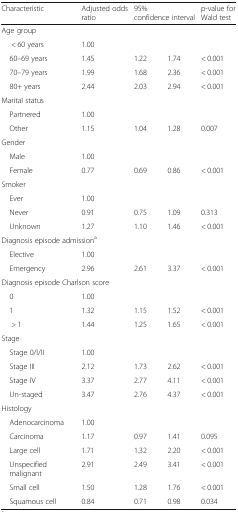
<table><thead><tr><td><b>Characteristic</b></td><td><b>Adjusted odds ratio</b></td><td colspan="2"><b>95% confidence interval</b></td><td><b>p-value for Wald test</b></td></tr></thead><tbody><tr><td colspan="5">Age group</td></tr><tr><td>&lt; 60 years</td><td>1.00</td><td></td><td></td><td></td></tr><tr><td> 60–69 years</td><td>1.45</td><td>1.22</td><td>1.74</td><td>&lt; 0.001</td></tr><tr><td> 70–79 years</td><td>1.99</td><td>1.68</td><td>2.36</td><td>&lt; 0.001</td></tr><tr><td> 80+ years</td><td>2.44</td><td>2.03</td><td>2.94</td><td>&lt; 0.001</td></tr><tr><td colspan="5">Marital status</td></tr><tr><td> Partnered</td><td>1.00</td><td></td><td></td><td></td></tr><tr><td> Other</td><td>1.15</td><td>1.04</td><td>1.28</td><td>0.007</td></tr><tr><td colspan="5">Gender</td></tr><tr><td> Male</td><td>1.00</td><td></td><td></td><td></td></tr><tr><td> Female</td><td>0.77</td><td>0.69</td><td>0.86</td><td>&lt; 0.001</td></tr><tr><td colspan="5">Smoker</td></tr><tr><td> Ever</td><td>1.00</td><td></td><td></td><td></td></tr><tr><td> Never</td><td>0.91</td><td>0.75</td><td>1.09</td><td>0.313</td></tr><tr><td> Unknown</td><td>1.27</td><td>1.10</td><td>1.46</td><td>&lt; 0.001</td></tr><tr><td colspan="5">Diagnosis episode admission<sup>a</sup></td></tr><tr><td> Elective</td><td>1.00</td><td></td><td></td><td></td></tr><tr><td> Emergency</td><td>2.96</td><td>2.61</td><td>3.37</td><td>&lt; 0.001</td></tr><tr><td colspan="5">Diagnosis episode Charlson score</td></tr><tr><td> 0</td><td>1.00</td><td></td><td></td><td></td></tr><tr><td> 1</td><td>1.32</td><td>1.15</td><td>1.52</td><td>&lt; 0.001</td></tr><tr><td>&gt; 1</td><td>1.44</td><td>1.25</td><td>1.65</td><td>&lt; 0.001</td></tr><tr><td colspan="5">Stage</td></tr><tr><td> Stage 0/I/II</td><td>1.00</td><td></td><td></td><td></td></tr><tr><td> Stage III</td><td>2.12</td><td>1.73</td><td>2.62</td><td>&lt; 0.001</td></tr><tr><td> Stage IV</td><td>3.37</td><td>2.77</td><td>4.11</td><td>&lt; 0.001</td></tr><tr><td> Un-staged</td><td>3.47</td><td>2.76</td><td>4.37</td><td>&lt; 0.001</td></tr><tr><td colspan="5">Histology</td></tr><tr><td> Adenocarcinoma</td><td>1.00</td><td></td><td></td><td></td></tr><tr><td> Carcinoma</td><td>1.17</td><td>0.97</td><td>1.41</td><td>0.095</td></tr><tr><td> Large cell</td><td>1.71</td><td>1.32</td><td>2.20</td><td>&lt; 0.001</td></tr><tr><td> Unspecified malignant</td><td>2.91</td><td>2.49</td><td>3.41</td><td>&lt; 0.001</td></tr><tr><td> Small cell</td><td>1.50</td><td>1.28</td><td>1.76</td><td>&lt; 0.001</td></tr><tr><td> Squamous cell</td><td>0.84</td><td>0.71</td><td>0.98</td><td>0.034</td></tr></tbody></table>